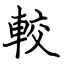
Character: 較